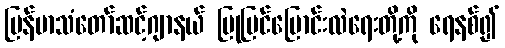
မြန်မာသံတော်ဆင့်ဂျာနယ် ပြုပြင်ပြောင်းလဲရေးတို့ကို ရေနစ်၍